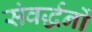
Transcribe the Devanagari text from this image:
संवर्द्धनों